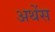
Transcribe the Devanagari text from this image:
अथेंस